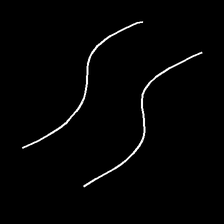
Glyph: float